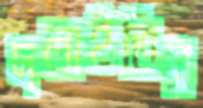
দলাইতিস